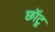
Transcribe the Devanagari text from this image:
छॉटू